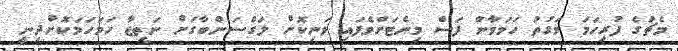
މެޗުގެ ފުރިހަމަ ވަގުތު ހަމަވާން ފަސް މިނެޓަށްވެފައި ވަނިކޮށް ލަގްސަންބާގަށް ނަތީޖާ ހަމަހަމަކޮށްދިނީ